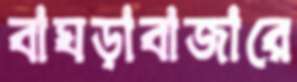
বাঘড়াবাজারে